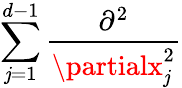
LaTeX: \sum_{\mathit{j}=1}^{d-1}\frac{{\partial^{2}}}{{\partialx_{\mathit{j}}^{2}}}